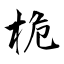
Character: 桅